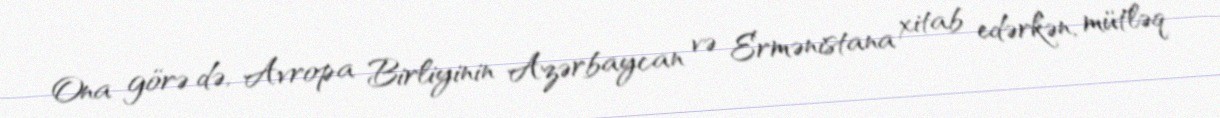
Ona görə də, Avropa Birliyinin Azərbaycan və Ermənistana xitab edərkən, mütləq